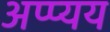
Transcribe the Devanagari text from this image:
अप्प्यय